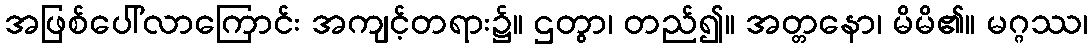
အဖြစ်ပေါ်လာကြောင်း အကျင့်တရား၌။ ဌတွာ၊ တည်၍။ အတ္တနော၊ မိမိ၏။ မဂ္ဂဿ၊